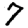
Digit: 7